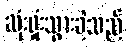
ဆုံးရှုံးသွားခဲ့သည်